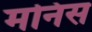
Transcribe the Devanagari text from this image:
मनिस